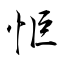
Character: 怇